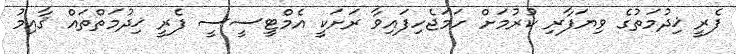
ފެރީ ޚިދުމަތުގެ ވިޔަފާރި ކުރުމަށް ހަމަޖެހިފައިވާ ރަށަކީ އެމްޓީސީސީ ފެރީ ޚިދުމަތްތައް ޤާއިމު